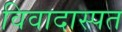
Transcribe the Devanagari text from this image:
विवादास्पत